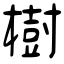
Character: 樹